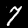
Label: 7